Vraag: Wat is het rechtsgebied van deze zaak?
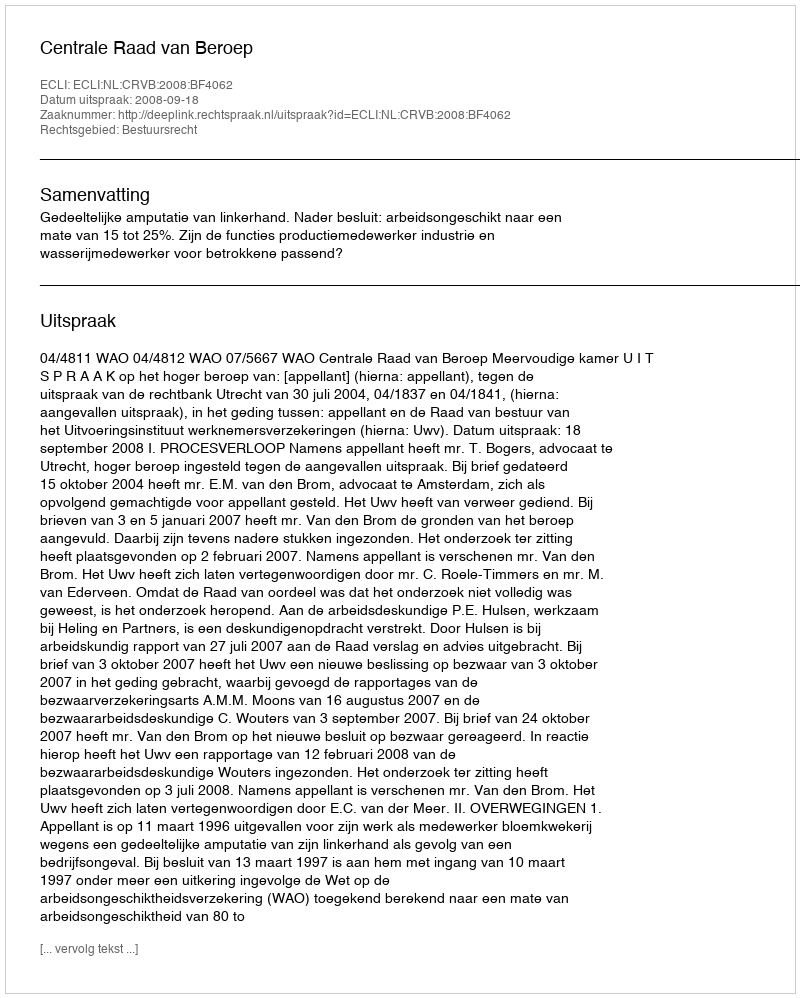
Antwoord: Bestuursrecht